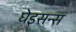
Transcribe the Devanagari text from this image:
घेइसन्स